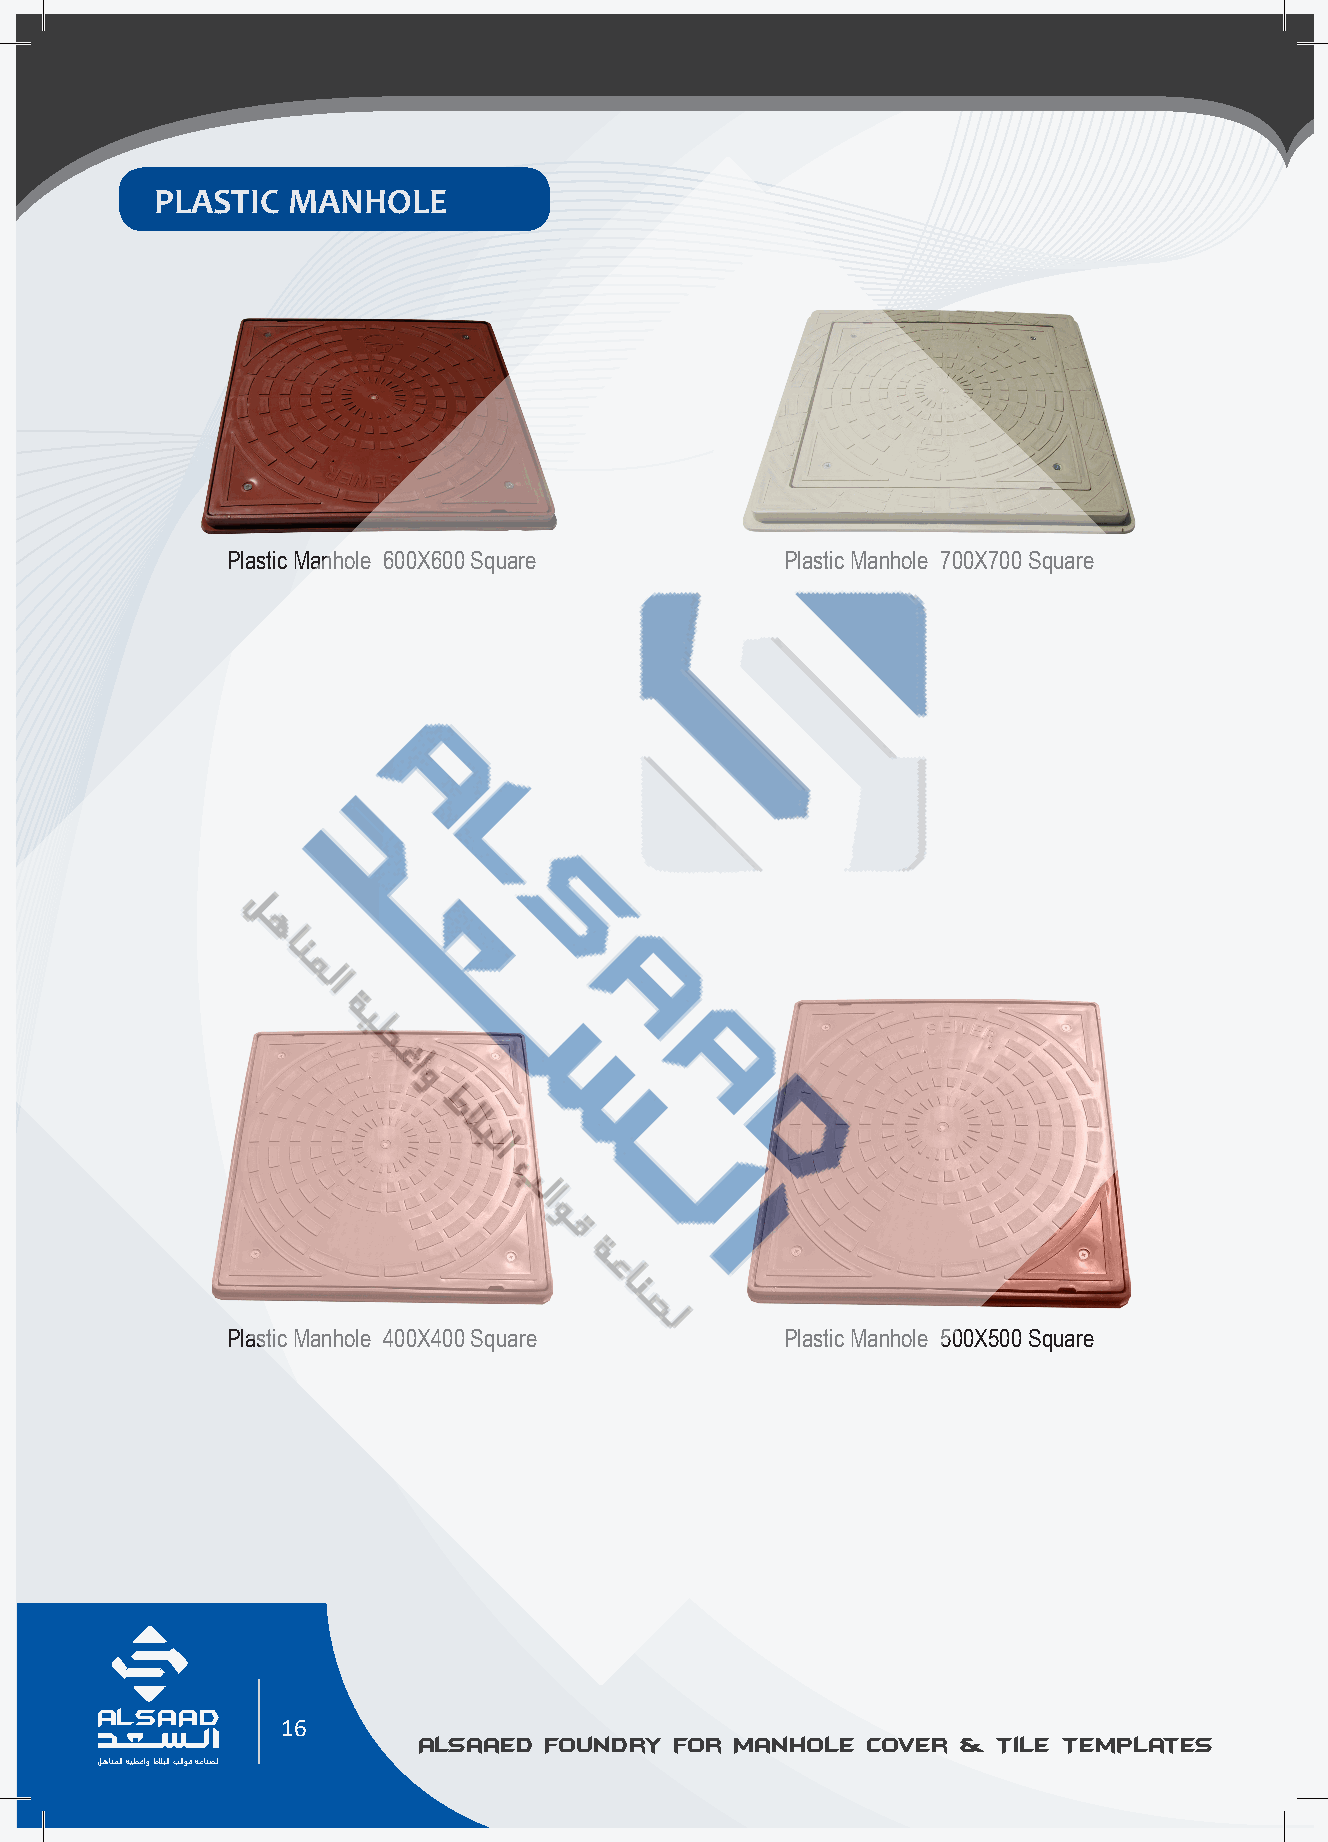
PLASTIC  MANHOLE
 Plastic Manhole 600X600 Square       Plastic Manhole 700X700 Square
 Plastic Manhole 400X400 Square       Plastic Manhole 500X500 Square
 AL SAAD                                                                                                                                               AL SAAD
 16
 Alsaaed Foundry  for Manhole Cover  & Tile Templates          Alsaaed  Foundry for Manhole  Cover & Tile Templates
 ﻞﻫﺎﻨﻤﻟا ﺔﻴﻄﻏاو طﻼﺒﻟا ﺐﻟاﻮﻗ ﺔﻋﺎﻨﺼﻟ                                                                                                                     ﻞﻫﺎﻨﻤﻟا ﺔﻴﻄﻏاو طﻼﺒﻟا ﺐﻟاﻮﻗ ﺔﻋﺎﻨﺼﻟ